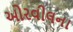
ઓરવીલના